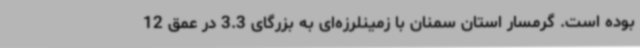
بوده است. گرمسار استان سمنان با زمینلرزه‌ای به بزرگای 3.3 در عمق 12